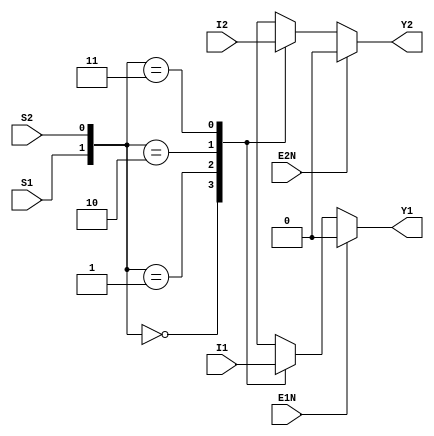
// 5932_74HC153.v
module HC153(I1,I2,S1,S2,E1N,E2N,Y1,Y2);
input[0:3]I1;input[0:3]I2;
input S1,S2;
input E1N,E2N;
output Y1,Y2;
reg Y1,Y2;

always@(I1 or I2 or S1 or S2 or E1N or E2N)
begin:local
 if(E1N)
  Y1=0;
 else
  begin
   case({S1,S2})
    0:Y1=I1[0];
    1:Y1=I1[1];
    2:Y1=I1[2];
    3:Y1=I1[3];
    default:Y1=1'bx;
   endcase
  end

 if(E2N)
  Y2=0;
 else
  begin
   case({S1,S2})
    0:Y2=I2[0];
    1:Y2=I2[1];
    2:Y2=I2[2];
    3:Y2=I2[3];
    default:Y2=1'bx;
   endcase
  end
 end
endmodule